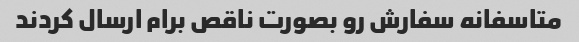
متاسفانه سفارش رو بصورت ناقص برام ارسال کردند